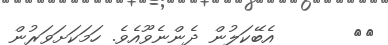
٥٨       އެބޭކަލުން ދެންނެވޫއެވެ. ހަމަކަށަވަރުން